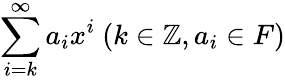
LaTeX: \sum_{i=k}^{\infty}a_{i}x^{i}\ (k\in\mathbb{Z},a_{i}\in F)